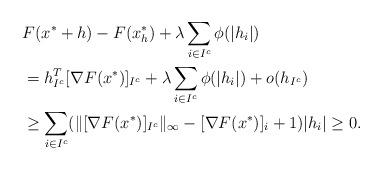
LaTeX: \begin{align*}&F(x^*+h)-F(x_h^*) + \lambda \sum_{i\in I^c} \phi(|h_i|)\\&=h_{I^c}^T [\nabla F(x^*)]_{I^c} + \lambda \sum_{i\in I^c} \phi(|h_i|)+ o(h_{I^c}) \\&\geq\sum_{i\in I^c} (\|[\nabla F(x^*)]_{I^c}\|_{\infty} - [\nabla F(x^*)]_i+1)|h_i| \geq 0.\end{align*}